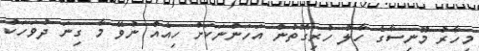
މިހާރު މޫނިސާގެ ހާލު ހުރިގޮތުން އަހަންނަކަށް ހިއެއް ނުވޭ މާ ގިނަ ދުވަހަކު